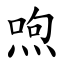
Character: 喣